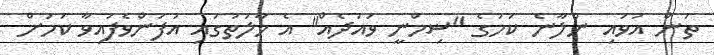
ތަން އުވައި ނުލާނެ ކަމުގެ "ޟިމްނީ ވައުދެއް" އެ ހާލަތުގައި އުފަންވެފައިވާ ކަމަށް